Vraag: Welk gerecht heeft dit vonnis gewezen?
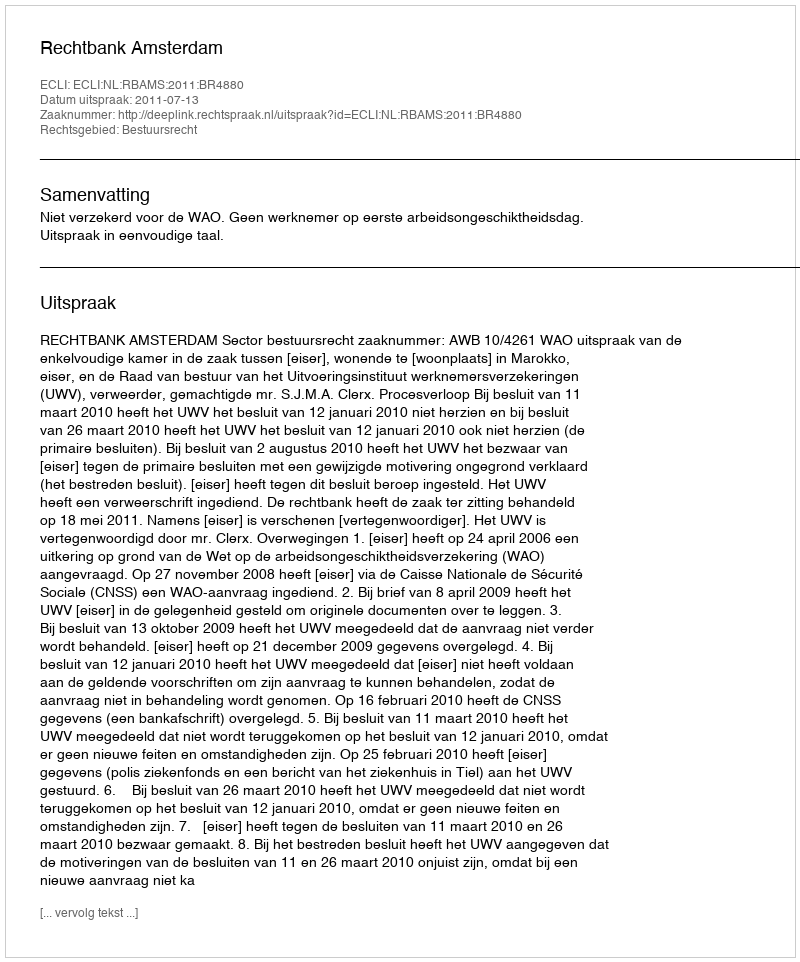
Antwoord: Rechtbank Amsterdam